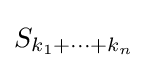
S_{k_{1}+\dots +k_{n}}